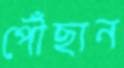
পৌঁছান